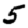
Digit: 5